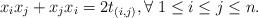
LaTeX: \begin{align*}x_i x_j+x_jx_i= 2 t_{(i,j)}, \forall\; 1\leq i\leq j\leq n.\end{align*}